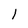
Character: l